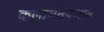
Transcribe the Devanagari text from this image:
कलावंतपणात